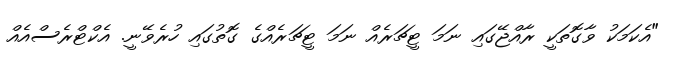
"އެކަމަކު ވާގޮތަކީ ރާއްޖޭގައި ނަމަ ޓީޗަރެއް ނަމަ ޓީޗަރެއްގެ ގޮތުގައި ހުރެވޭނީ. އެކްޓްރެސްއެއް